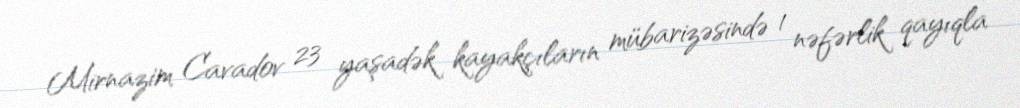
Mirnazim Cavadov 23 yaşadək kayakçıların mübarizəsində 1 nəfərlik qayıqla